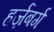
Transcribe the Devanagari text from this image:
हर्ज़बर्ग